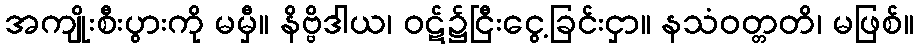
အကျိုးစီးပွားကို မမှီ။ နိဗ္ဗိဒါယ၊ ဝဋ်၌ငြီးငွေ့ခြင်းငှာ။ နသံဝတ္တတိ၊ မဖြစ်။